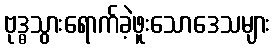
ဗုဒ္ဓသွားရောက်ခဲ့ဖူးသောဒေသများ